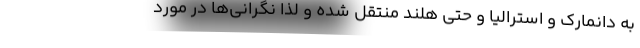
به دانمارک و استرالیا و حتی هلند منتقل شده و لذا نگرانی‌ها در مورد